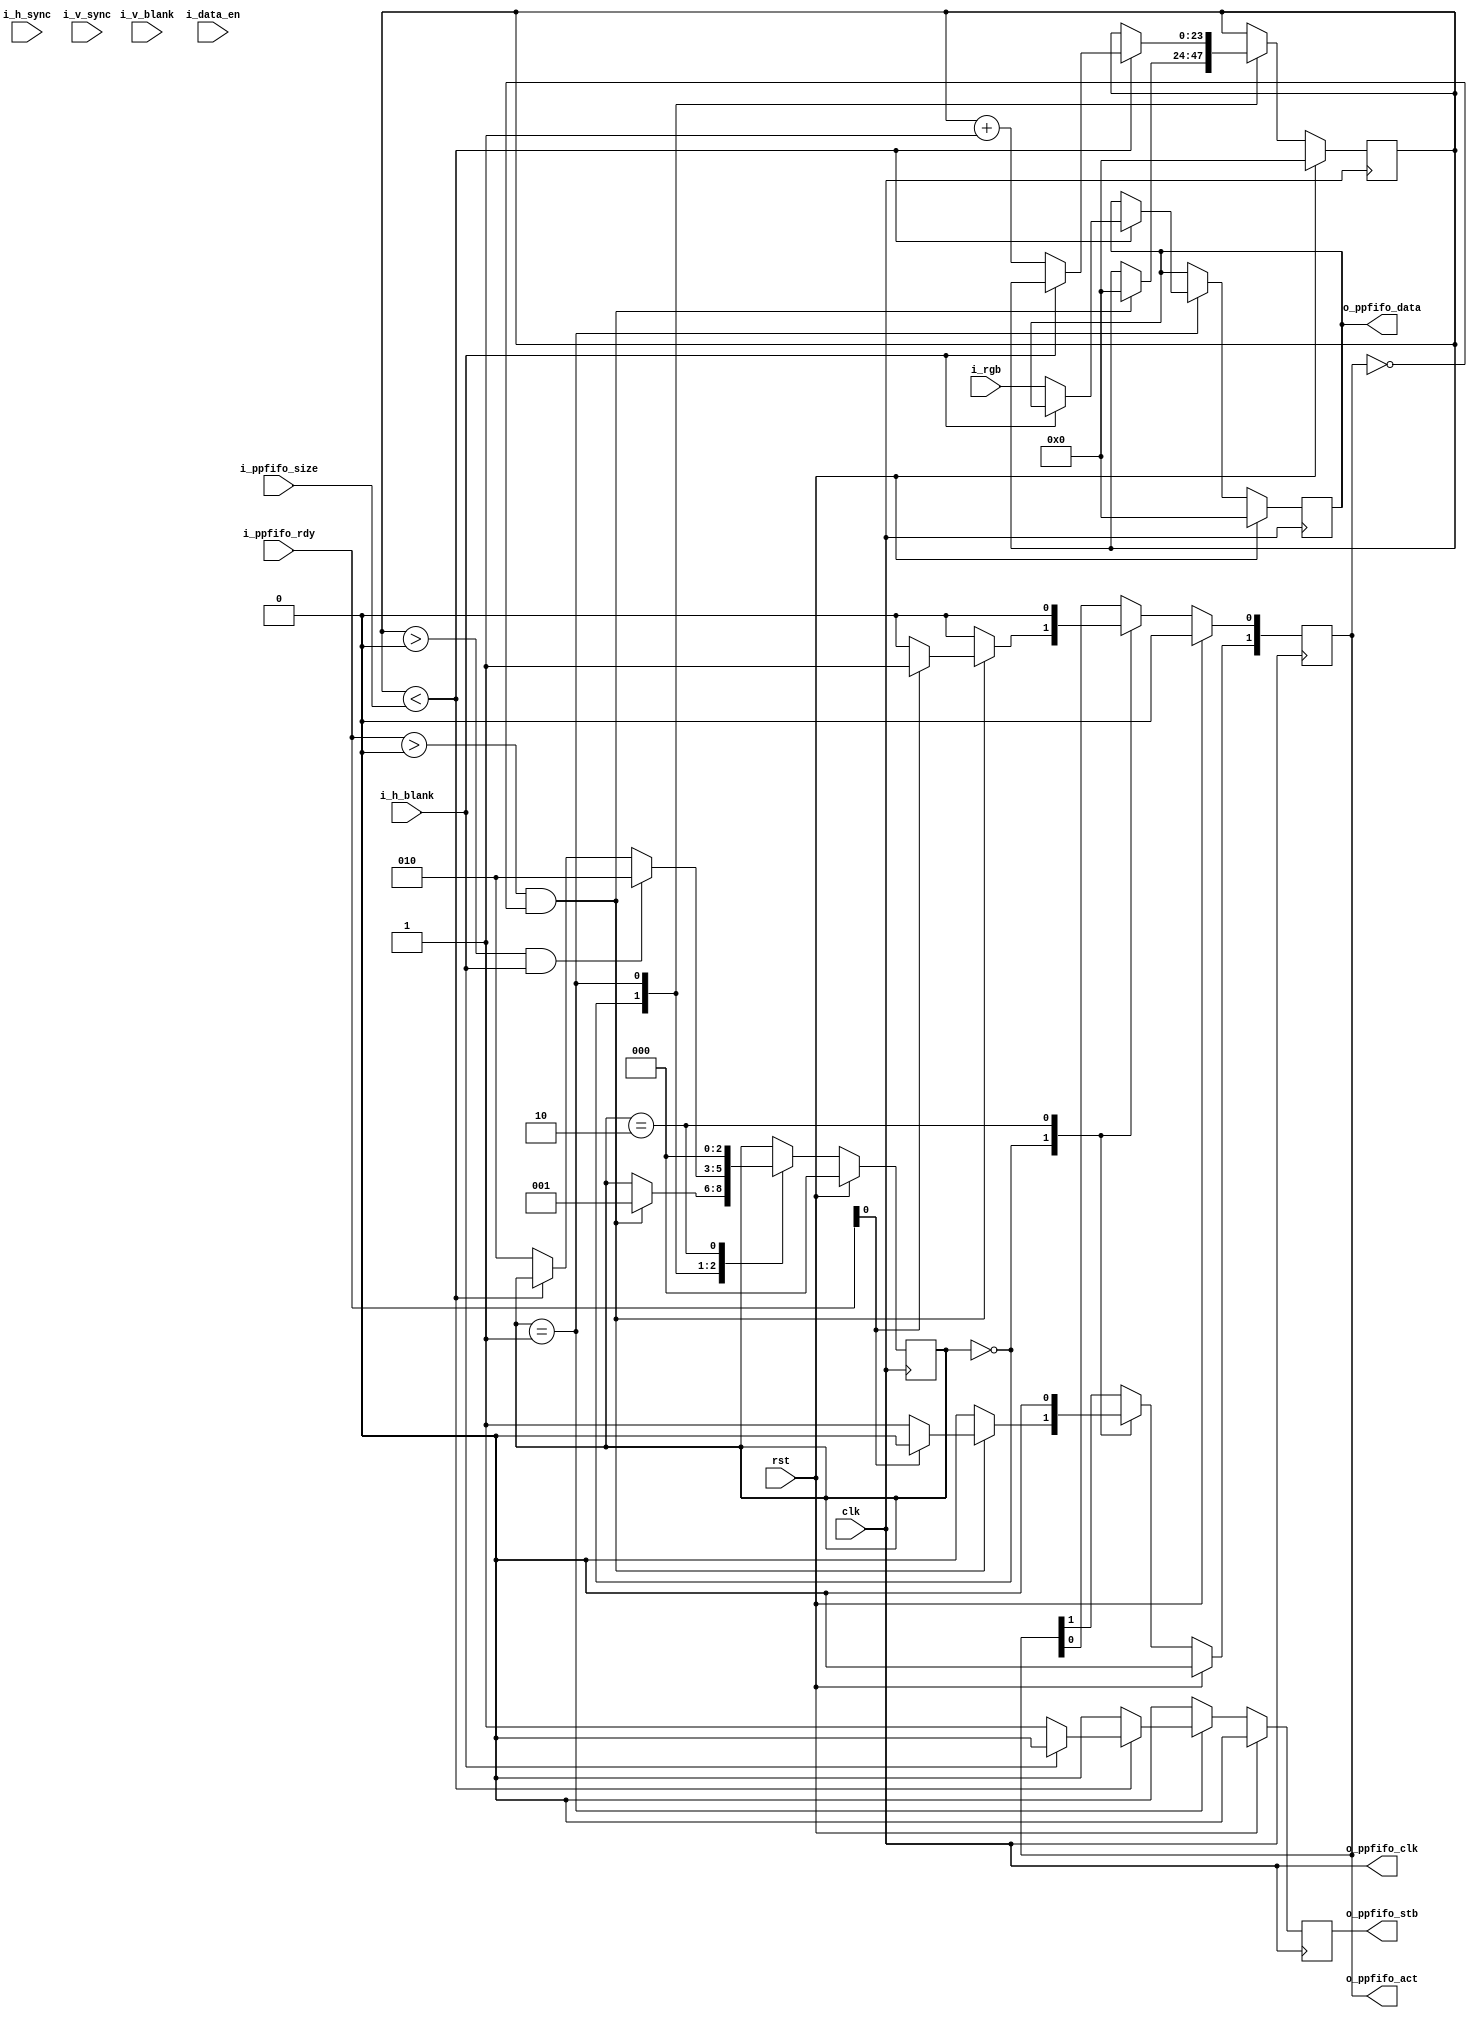
module adapter_rgb_2_ppfifo #(
  parameter                 DATA_WIDTH = 24
)(
  input                             clk,
  input                             rst,
  input         [23:0]              i_rgb,
  input                             i_h_sync,
  input                             i_h_blank,
  input                             i_v_sync,
  input                             i_v_blank,
  input                             i_data_en,
  output                            o_ppfifo_clk,
  input       [1:0]                 i_ppfifo_rdy,
  output  reg [1:0]                 o_ppfifo_act,
  input       [23:0]                i_ppfifo_size,
  output  reg                       o_ppfifo_stb,
  output  reg [DATA_WIDTH - 1:0]    o_ppfifo_data
);
localparam      IDLE        = 0;
localparam      READY       = 1;
localparam      RELEASE     = 2;
reg           [23:0]        r_count;
reg           [2:0]         state;
assign  o_ppfifo_clk    = clk;
always @ (posedge clk) begin
  o_ppfifo_stb          <=  0;
  if (rst) begin
    r_count             <=  0;
    o_ppfifo_act        <=  0;
    o_ppfifo_data       <=  0;
    state               <=  IDLE;
  end
  else begin
    case (state)
      IDLE: begin
        o_ppfifo_act    <=  0;
        if ((i_ppfifo_rdy > 0) && (o_ppfifo_act == 0)) begin
          r_count           <=  0;
          if (i_ppfifo_rdy[0]) begin
            o_ppfifo_act[0] <=  1;
          end
          else begin
            o_ppfifo_act[1] <=  1;
          end
          state             <=  READY;
        end
      end
      READY: begin
        if (r_count < i_ppfifo_size) begin
          if (!i_h_blank) begin
            o_ppfifo_stb    <=  1;
            o_ppfifo_data   <=  i_rgb;
            r_count         <=  r_count + 1;
          end
        end
        else begin
          state             <=  RELEASE;
        end
        if (r_count > 0 && i_h_blank) begin
          state             <=  RELEASE;
        end
      end
      RELEASE: begin
        o_ppfifo_act        <=  0;
        state               <=  IDLE;
      end
      default: begin
      end
    endcase
  end
end
endmodule